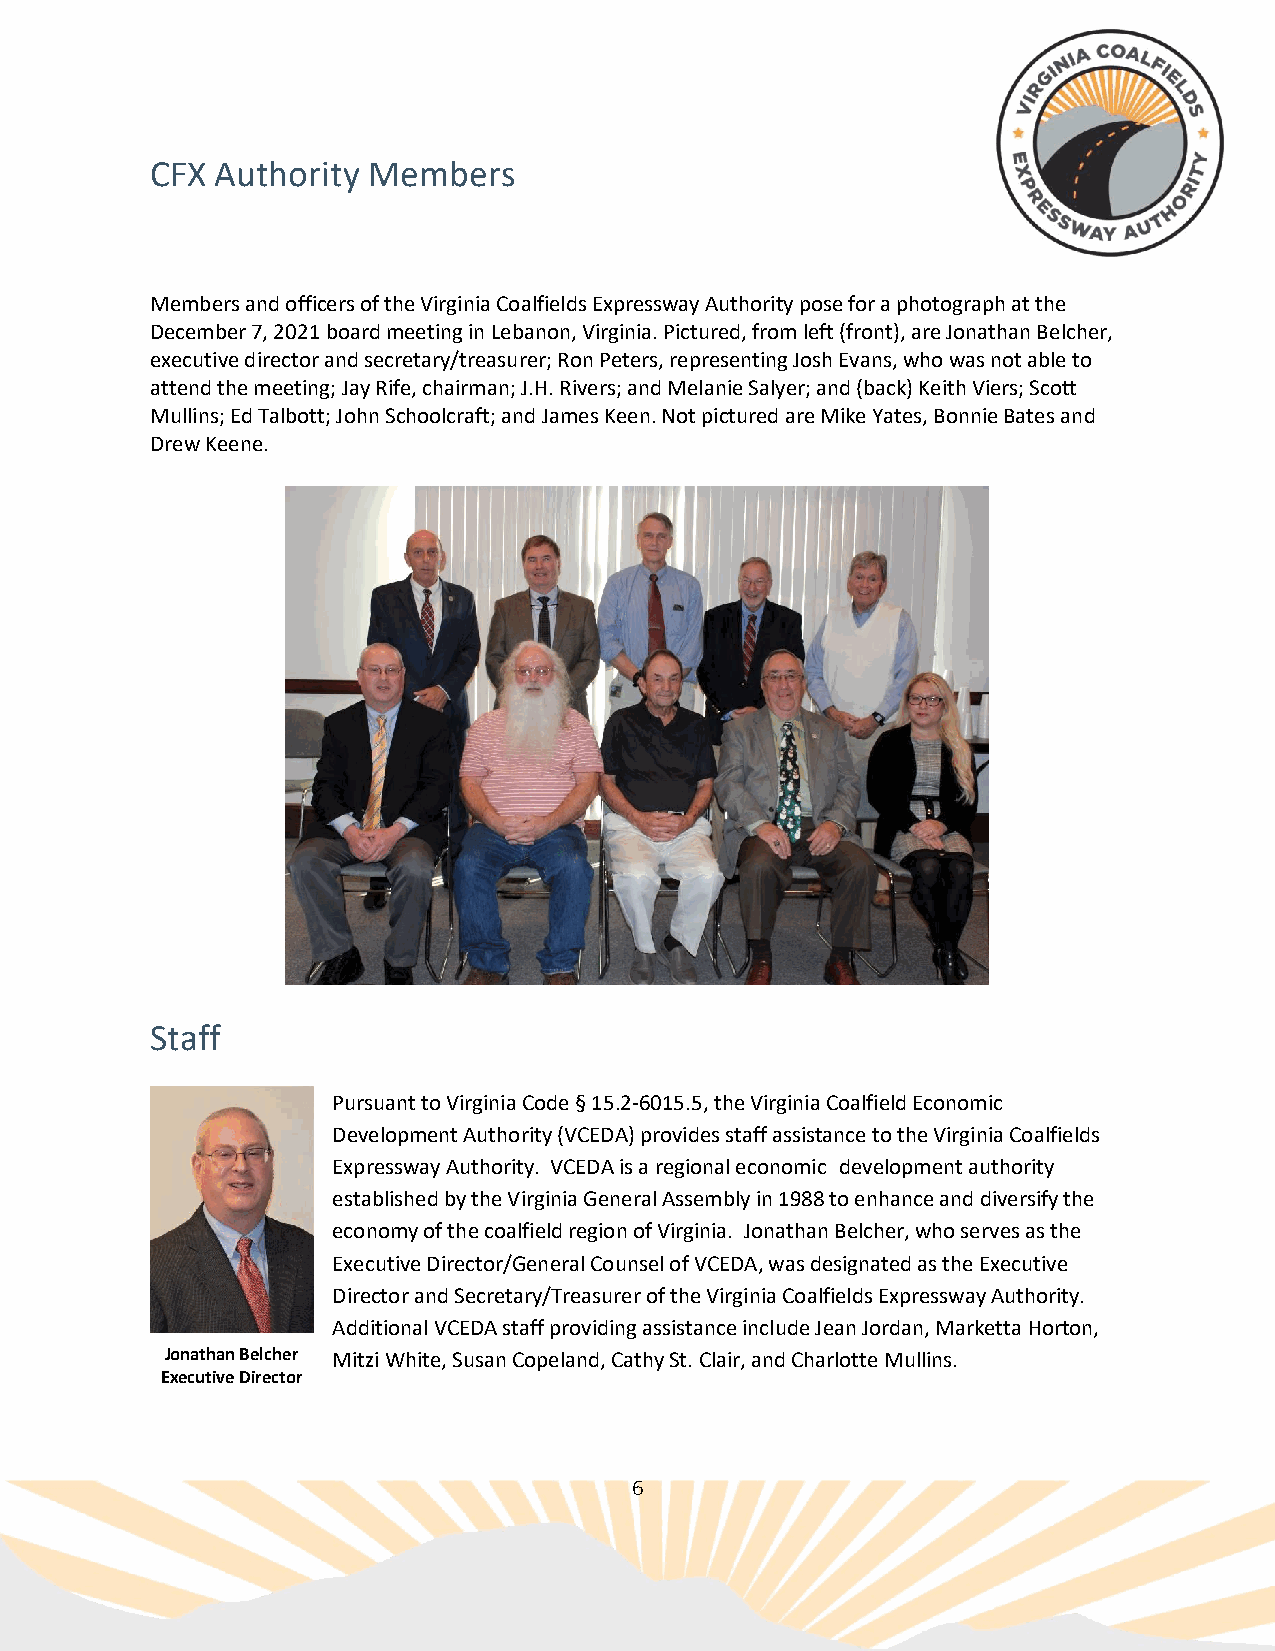
CFX Authority Members
 Members and officers of the Virginia Coalfields Expressway Authority pose for a photograph at the
 December 7, 2021 board meeting in Lebanon, Virginia. Pictured, from left (front), are Jonathan Belcher,
 executive director and secretary/treasurer; Ron Peters, representing Josh Evans, who was not able to
 attend the meeting; Jay Rife, chairman; J.H. Rivers; and Melanie Salyer; and (back) Keith Viers; Scott
 Mullins; Ed Talbott; John Schoolcraft; and James Keen. Not pictured are Mike Yates, Bonnie Bates and
 Drew Keene.
 Staff
 Pursuant to Virginia Code § 15.2-6015.5, the Virginia Coalfield Economic
 Development Authority (VCEDA) provides staff assistance to the Virginia Coalfields
 Expressway Authority. VCEDA is a regional economic development authority
 established by the Virginia General Assembly in 1988 to enhance and diversify the
 economy of the coalfield region of Virginia. Jonathan Belcher, who serves as the
 Executive Director/General Counsel of VCEDA, was designated as the Executive
 Director and Secretary/Treasurer of the Virginia Coalfields Expressway Authority.
 Additional VCEDA staff providing assistance include Jean Jordan, Marketta Horton,
 Jonathan Belcher Mitzi White, Susan Copeland, Cathy St. Clair, and Charlotte Mullins.
 Executive Director
 6